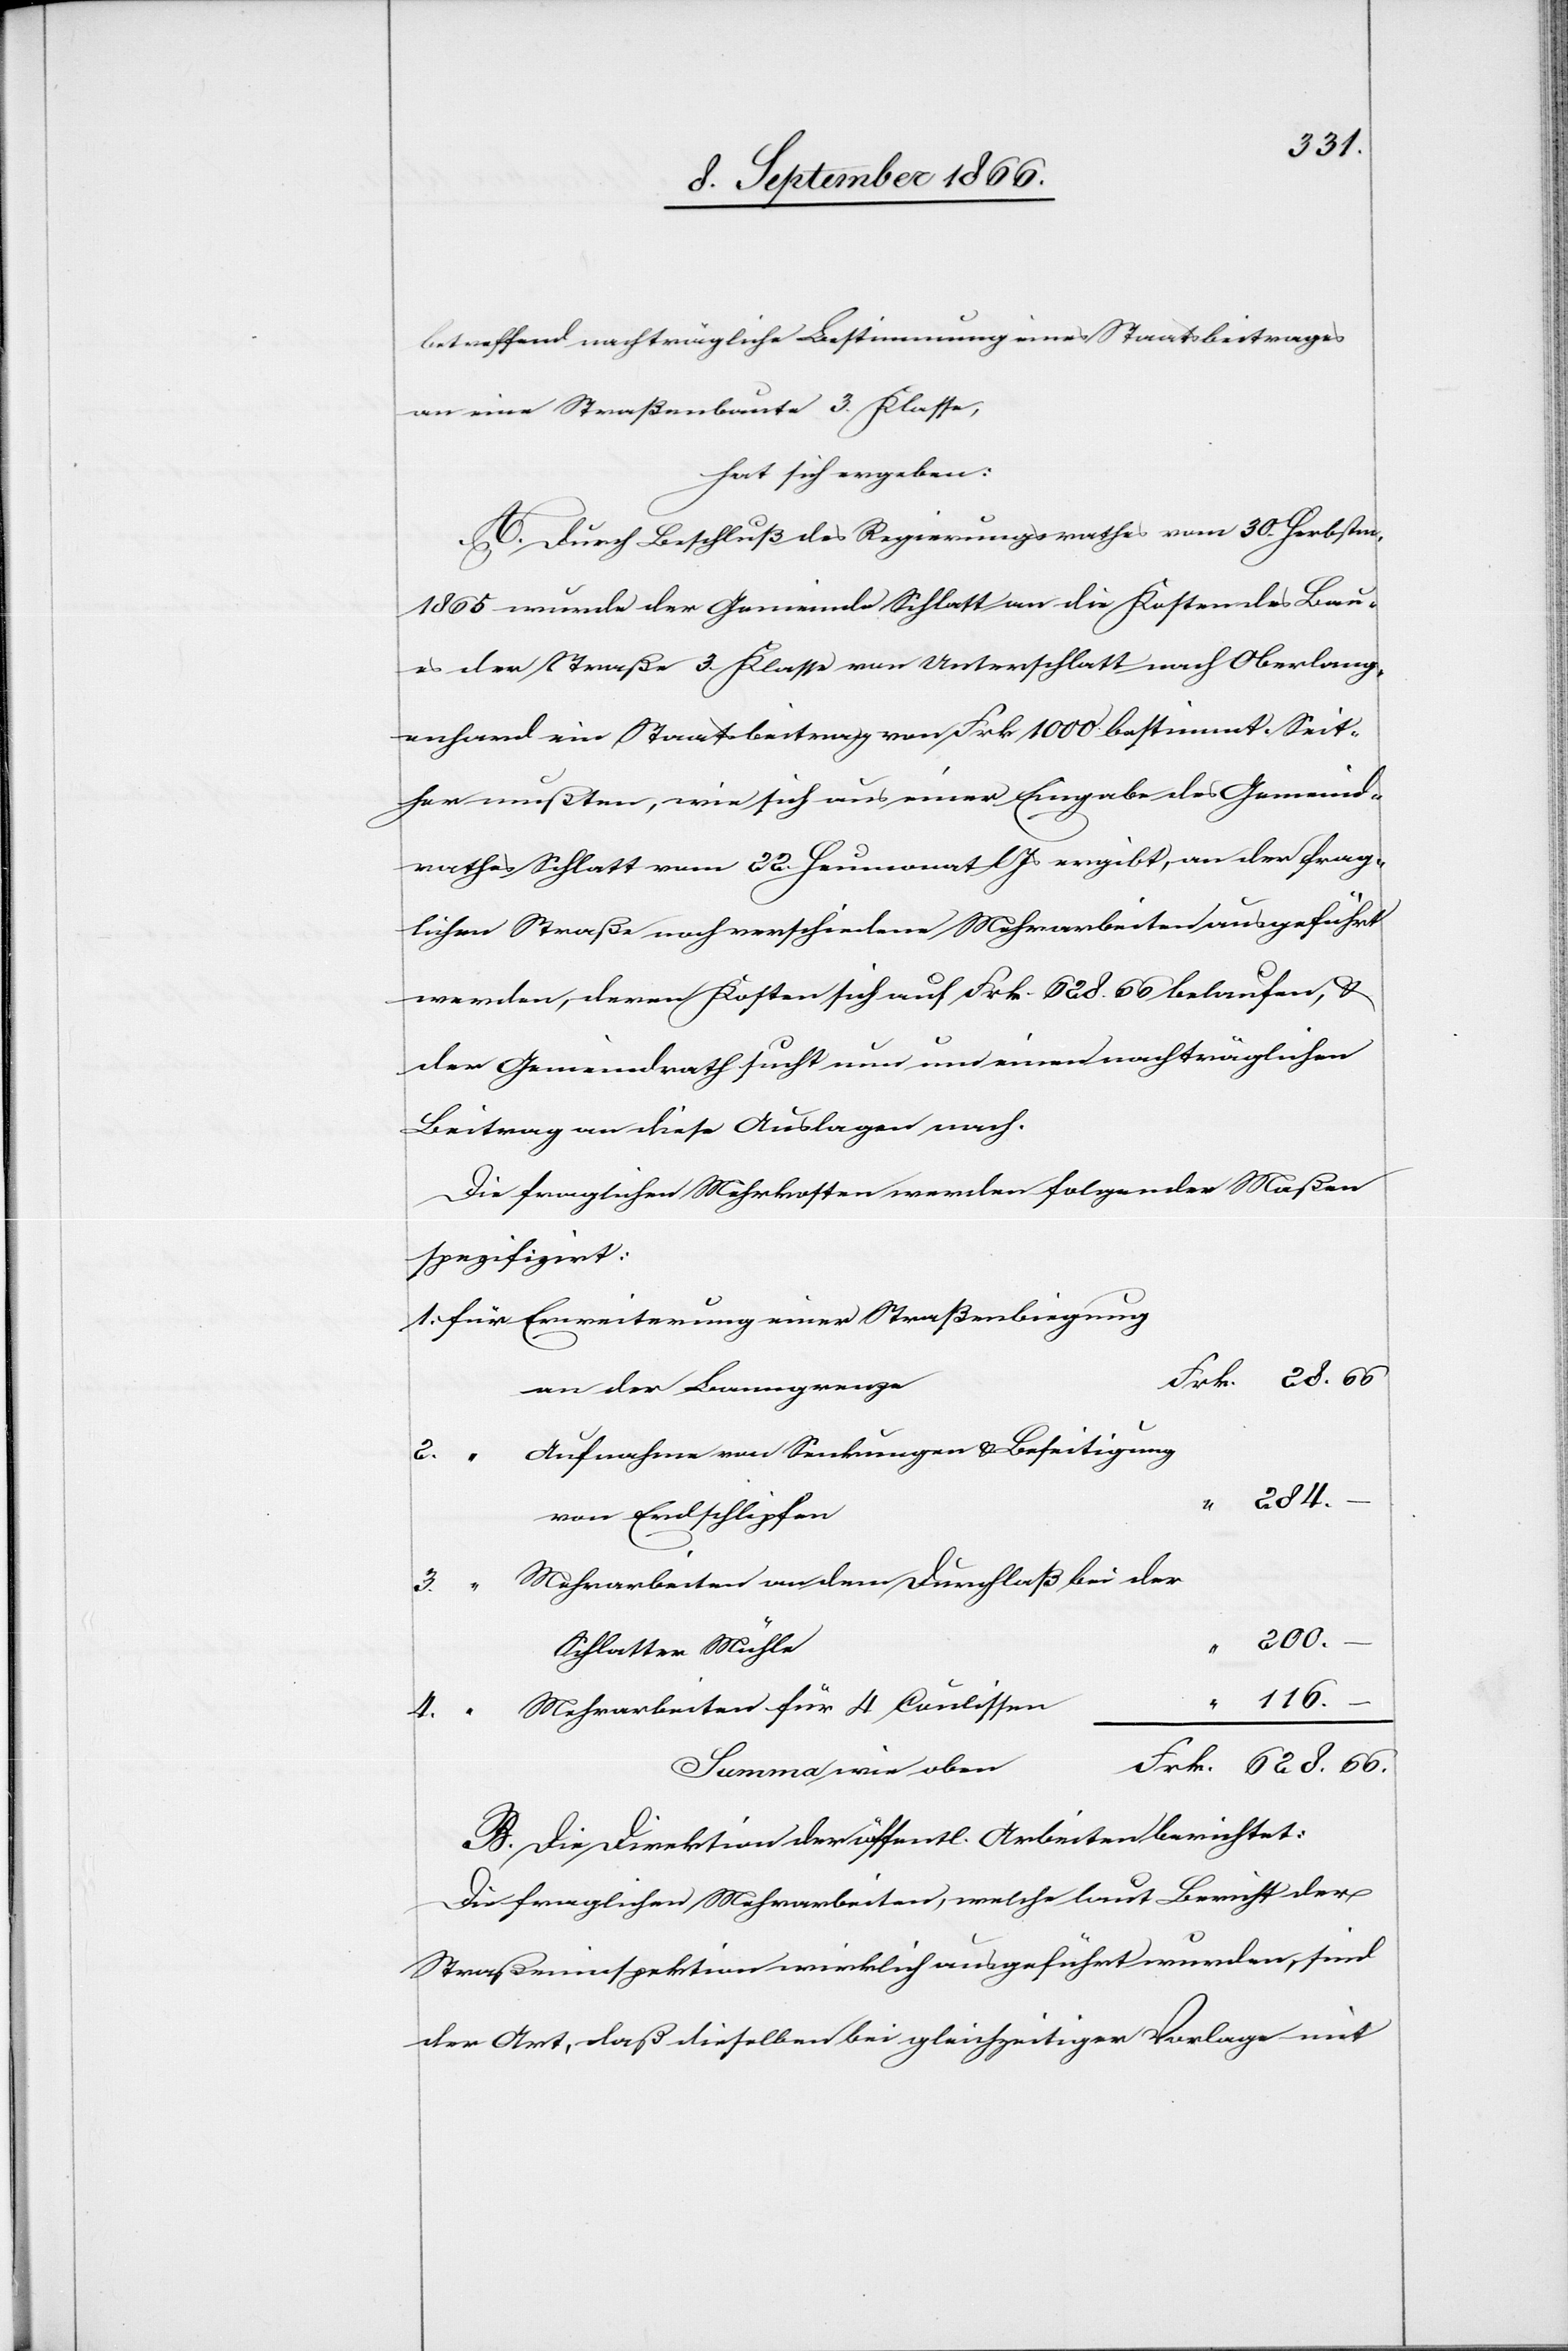
betreffend nachträgliche Bestimmung eines Staatsbeitrages
an eine Straßenbaute 3. Klasse,
hat sich ergeben:
A. Durch Beschluß des Regierungsrathes vom 30. Herbstm.
1865 wurde der Gemeinde Schlatt an die Kosten des Bau¬
es der Straße 3. Klasse von Unterschlatt nach Obers¬
chlatt ein Staatsbeitrag von Frk. 1000 bestimmt. Seit¬
her mußten, wie sich aus einer Eingabe des Gemeind¬
rathes Schlatt vom 22. Heumonat lJs. ergibt, an der frag¬
lichen Straße noch verschiedene Mehrarbeiten ausgeführt
werden, deren Kosten sich auf Frk. 628,66 belaufen, u.
der Gemeindrath sucht nun um einen nachträglichen
Beitrag an diese Auslagen nach.
Die fraglichen Mehrkosten werden folgender Maßen
spezifizirt:
an der Banngrenze
Aufnahme von Senkungen u. Beseitigung
1.
von Erdschlipfen
Mehrarbeiten an dem Durchlaß bei der
66.
3.
200.
Schlatter Mühle
–
116.
Mehrarbeiten für 4 [?Coulissen]
4.
Summe wie oben
B. Die Direktion der öffentl. Arbeiten berichtet:
Die fraglichen Mehrarbeiten, welche laut Bericht der
Straßeninspektion wirklich ausgeführt wurden, sind
der Art, daß dieselben bei gleichzeitiger Vorlage mit